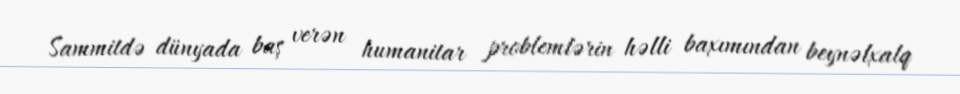
Sammitdə dünyada baş verən humanitar problemlərin həlli baxımından beynəlxalq